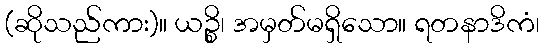
(ဆိုသည်ကား)။ ယဉ္စိ၊ အမှတ်မရှိသော။ ရတနာဒိကံ၊